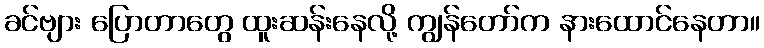
ခင်ဗျား ပြောတာတွေ ထူးဆန်းနေလို့ ကျွန်တော်က နားထောင်နေတာ။